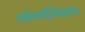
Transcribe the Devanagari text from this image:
सर्वधर्माभिसमय